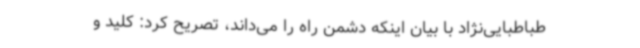
طباطبایی‌نژاد با بیان اینکه دشمن راه را می‌داند، تصریح کرد: کلید و